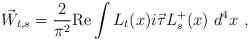
LaTeX: \begin{align*}\vec W_{t,s}=\frac{2}{\pi^2}\mbox{Re}\int L_t(x) i\vec \tau L^+_s(x)~ d^4x~,\end{align*}